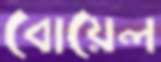
বোয়েল